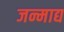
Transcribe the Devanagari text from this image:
जन्माद्य